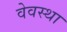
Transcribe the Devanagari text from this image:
वेवस्था